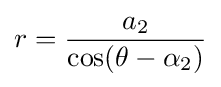
r={\frac {a_{2}}{\cos(\theta -\alpha _{2})}}